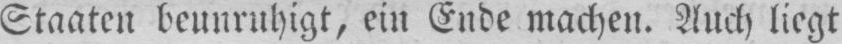
Staaten beunruhigt, ein Ende machen. Auch liegt